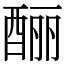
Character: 酾